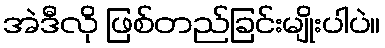
အဲဒီလို ဖြစ်တည်ခြင်းမျိုးပါပဲ။